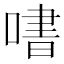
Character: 𫫒